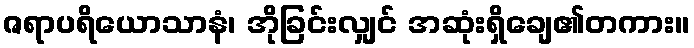
ဇရာပရိယောသာနံ၊ အိုခြင်းလျှင် အဆုံးရှိချေ၏တကား။